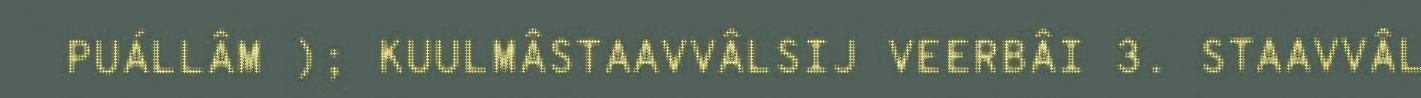
PUÁLLÂM ); KUULMÂSTAAVVÂLSIJ VEERBÂI 3. STAAVVÂL